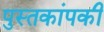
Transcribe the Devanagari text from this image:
पुस्तकांपकी